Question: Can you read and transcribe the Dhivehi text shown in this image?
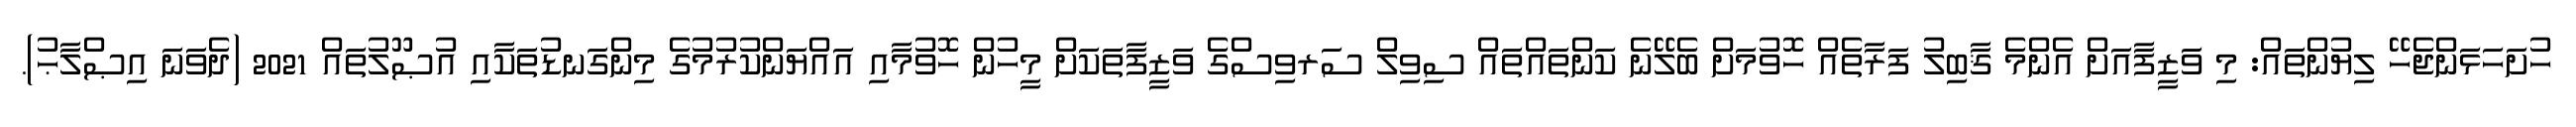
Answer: ހުށަހަޅަންޖެހޭ ލިޔުންތައް: މި ވަޒީފާއަށް އެންމެ ޤާބިލު ފަރާތެއް ހޮވުމަށް ބެލޭނެ ކަންތައްތައް ސިވިލް ސަރވިސްގެ ވަޒީފާތަކަށް މީހުން ހޮވުމާއި އައްޔަންކުރުމުގެ މިންގަނޑުތަކާއި އުޞޫލުތައް 2021 (ދެވަނަ އިޞްލާޙު).